Civil Veterinary Department Bihar & Orissa reports 1911-21 - 1911-1921
Year: 1911
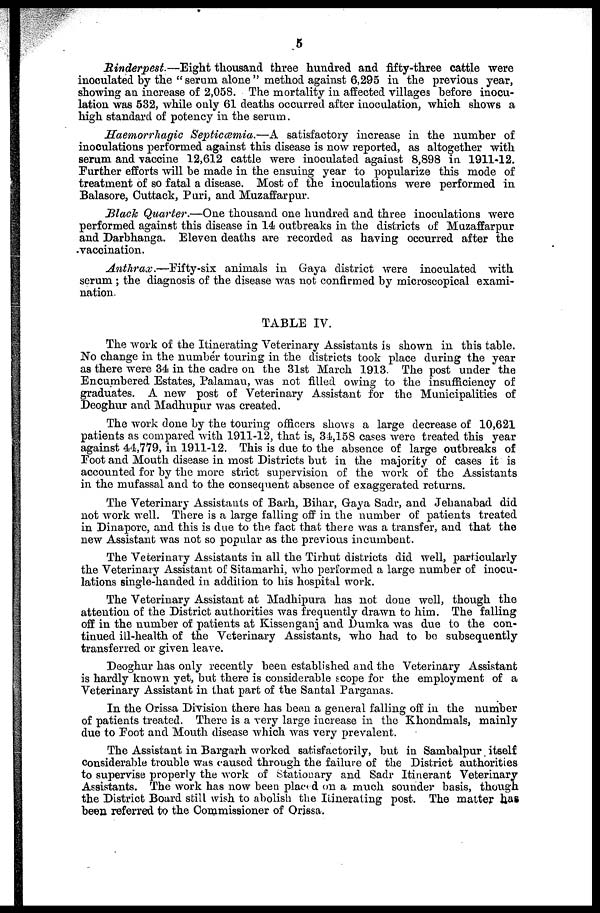
5
Rinderpest.—Eight thousand three hundred and fifty-three cattle were
inoculated by the "serum alone" method against 6,295 in the previous year,
showing an increase of 2,058. The mortality in affected villages before inocu-
lation was 532, while only 61 deaths occurred after inoculation, which shows a
high standard of potency in the serum.
Haemorrhagic Septicemia.—A satisfactory increase in the number of
inoculations performed against this disease is now reported, as altogether with
serum and vaccine 12,612 cattle were inoculated against 8,898 in 1911-12.
Further efforts will be made in the ensuing year to popularize this mode of
treatment of so fatal a disease. Most of the inoculations were performed in
Balasore, Cuttack, Puri, and Muzaffarpur.
Black Quarter.—One thousand one hundred and three inoculations were
performed against this disease in 14 outbreaks in the districts of Muzaffarpur
and Darbhanga. Eleven deaths are recorded as having occurred after the
vaccination.
Anthrax.—Fifty-six
animals in Gaya district were inoculated with
serum ; the diagnosis of the disease was not confirmed by microscopical exami-
nation.
TABLE IV.
The work of the Itinerating Veterinary Assistants is shown in this table.
No change in the number touring in the districts took place during the year
as there were 34 in the cadre on the 31st March 1913. The post under the
Encumbered Estates, Palamau, was not filled owing to the insufficiency of
graduates. A new post of Veterinary Assistant for the Municipalities of
Deoghur and Madhupur was created.
The work done by the touring officers shows a large decrease of 10,621
patients as compared with 1911-12, that is, 34,158 cases were treated this year
against 44,779, in 1911-12. This is due to the absence of large outbreaks of
Foot and Mouth disease in most Districts but in the majority of cases it is
accounted for by the more strict supervision of the work of the Assistants
in the mufassal and to the consequent absence of exaggerated returns.
The Veterinary Assistants of Barh, Bihar, Gaya Sadr, and Jehanabad did
not work well. There is a large falling off in the number of patients treated
in Dinapore, and this is due to the fact that there was a transfer, and that the
new Assistant was not so popular as the previous incumbent.
The Veterinary Assistants in all the Tirhut districts did well, particularly
the Veterinary Assistant of Sitamarhi, who performed a large number of inocu-
lations single-handed in addition to his hospital work.
The Veterinary Assistant at Madhipura has not done well, though the
attention of the District authorities was frequently drawn to him. The falling
off in the number of patients at Kissenganj and Dumka was due to the con-
tinued ill-health of the Veterinary Assistants, who had to bo subsequently
transferred or given leave.
Deoghur has only recently been established and the Veterinary Assistant
is hardly known yet, but there is considerable scope for the employment of a
Veterinary Assistant in that part of the Santal Parganas.
In the Orissa Division there has been a general falling off in the number
of patients treated. There is a very large increase in the Khondmals, mainly
due to Foot and Mouth disease which was very prevalent.
The Assistant in Bargarh worked satisfactorily, but in Sambalpur itself
considerable trouble was caused through the failure of the District authorities
to supervise properly the work of Stationary and Sadr Itinerant Veterinary
Assistants. The work has now been placed on a much sounder basis, though
the District Board still wish to abolish the Itinerating post. The matter has
been referred to the Commissioner of Orissa.